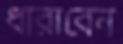
ধারাবেন